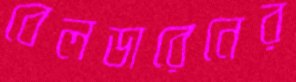
বেলডারেনের